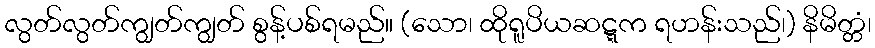
လွတ်လွတ်ကျွတ်ကျွတ် စွန့်ပစ်ရမည်။ (သော၊ ထိုရူပိယဆဋ္ဋက ရဟန်းသည်၊) နိမိတ္တံ၊